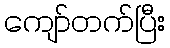
ကျော်တက်ပြီး